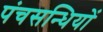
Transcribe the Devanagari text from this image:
पंचसन्धियों